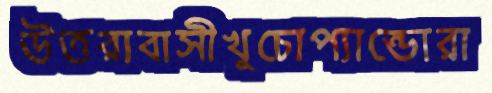
উত্তরাবাসীখুচোপ্যান্ডোরা